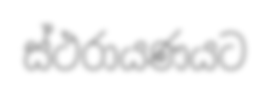
ස්ථරායණයට